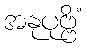
အနုပုဗ္ဗိံ